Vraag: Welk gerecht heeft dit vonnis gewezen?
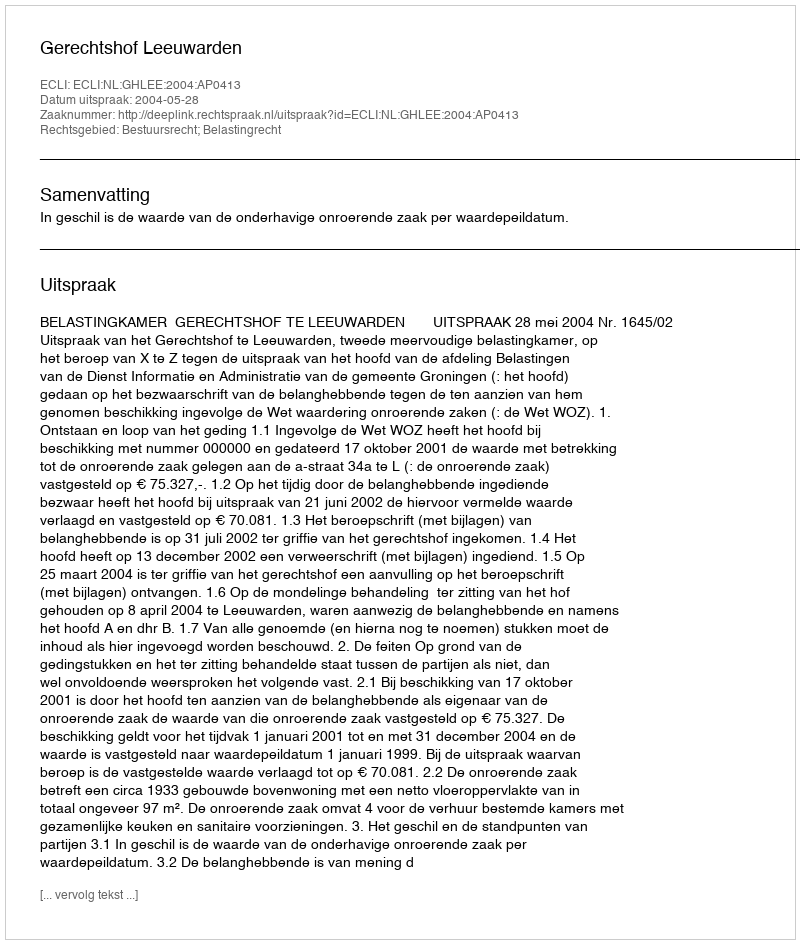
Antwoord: Gerechtshof Leeuwarden